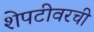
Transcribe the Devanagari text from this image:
शेपटीवरची